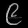
Digit: ၉